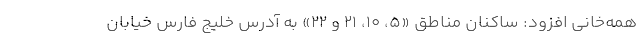
همه‌خانی افزود: ساکنان مناطق «۵، ۱۰، ۲۱ و ۲۲» به آدرس خلیج فارس خیابان